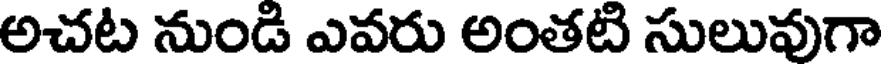
అచట నుండి ఎవరు అంతటి సులువుగా